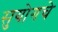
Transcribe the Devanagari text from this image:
सुयोगचे